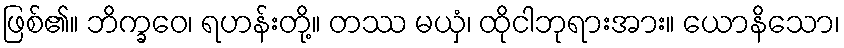
ဖြစ်၏။ ဘိက္ခဝေ၊ ရဟန်းတို့။ တဿ မယှံ၊ ထိုငါဘုရားအား။ ယောနိသော၊